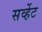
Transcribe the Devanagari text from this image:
सर्व्हेट